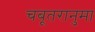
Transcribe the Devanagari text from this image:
चबूतरानुमा